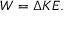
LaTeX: W = \Delta K E .